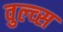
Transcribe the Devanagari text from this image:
वुल्व्स